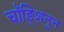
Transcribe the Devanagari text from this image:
चॉङ्शिनुन